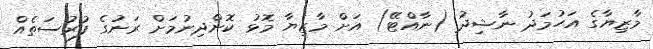
މާޒިޔާގެ އަހުމަދު ނާޝިދު (ނާއްޓޭ) އަށް މާޒިޔާ މޮޅު ކޮށްދިނުމަށް ރަނުގެ ފުރުސަތެއް